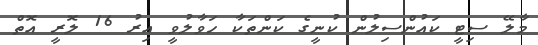
މާލޭ ސިޓީ ކައުންސިލުން ކުނީގެ ކަންތަކާ ހަވާލުވީ އިރު 16 ލޮރީ އޮތް